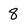
Character: 8